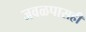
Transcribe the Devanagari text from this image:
जवळपासही